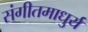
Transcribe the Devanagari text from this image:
संगीतमाधुर्य